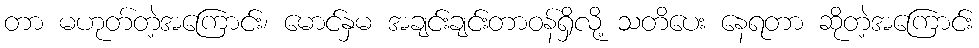
တာ မဟုတ်တဲ့အကြောင်း၊ မောင်နှမ အချင်းချင်းတာဝန်ရှိလို့ သတိပေး နေရတာ ဆိုတဲ့အကြောင်း